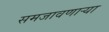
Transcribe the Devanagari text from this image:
समजावणाऱ्या